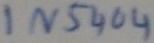
Text: IN5404